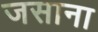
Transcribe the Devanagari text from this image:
जसाना